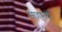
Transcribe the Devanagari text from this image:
मोहमंदों